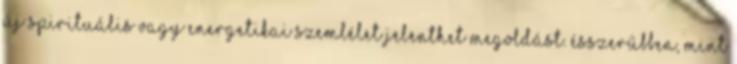
új spirituális vagy energetikai szemlélet jelenthet megoldást. Ésszerűbben, mint